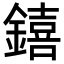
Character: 𨭎